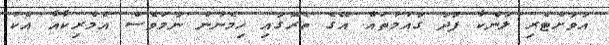
އަވަށްޓެރި ލަންކާ ފަދަ ގައުމުތައް އޭގެ ތެރޭގައި ހިމެނުނު ނަމަވެސް އެމެރިކާއާ އެކު